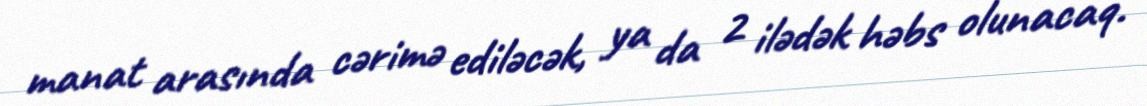
manat arasında cərimə ediləcək, ya da 2 ilədək həbs olunacaq.